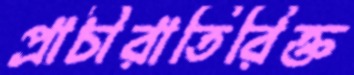
প্রাচীরাতিরিক্ত